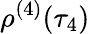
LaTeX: \rho^{(4)}(\tau_{4})